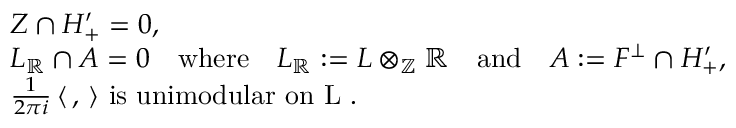
\begin{array} { r l } & { Z \cap H _ { + } ^ { \prime } = 0 , } \\ & { L _ { \mathbb { R } } \cap A = 0 \quad \mathrm { w h e r e } \quad L _ { \mathbb { R } } : = L \otimes _ { \mathbb { Z } } \mathbb { R } \quad \mathrm { a n d } \quad A : = F ^ { \perp } \cap H _ { + } ^ { \prime } , } \\ & { \frac { 1 } { 2 \pi i } \, \langle \, , \, \rangle \, \, \mathrm { i s ~ u n i m o d u l a r ~ o n ~ L ~ . } } \end{array}